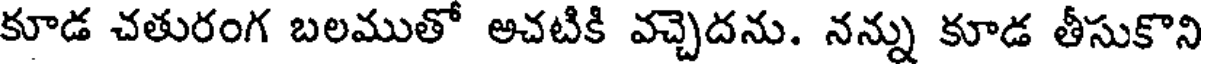
కూడ చతురంగ బలముతో అచటికి వచ్చెదను. నన్ను కూడ తీసుకొని